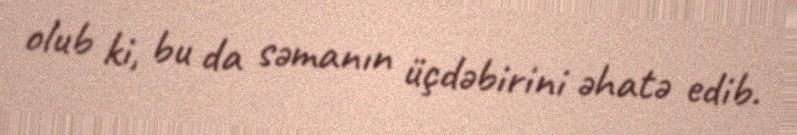
olub ki, bu da səmanın üçdəbirini əhatə edib.